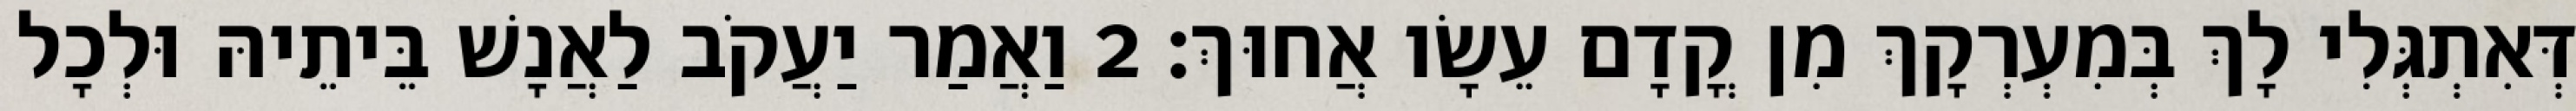
דְּאִתְגְּלִי לָךְ בְּמִעְרְקָךְ מִן קֳדָם עֵשָׂו אֲחוּךְ׃ 2 וַאֲמַר יַעֲקֹב לַאֲנָשׁ בֵּיתֵיהּ וּלְכָל